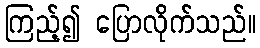
ကြည့်၍ ပြောလိုက်သည်။